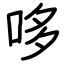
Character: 哆